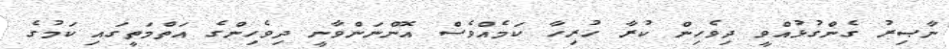
ނާޞިރު ގެންގުޅުއްވީ ދިވެހިން ކުރާ ހުރިހާ ކަމެއްވެސް އޮންނަންވާނީ ދިވެހިންގެ އަތްމަތީގައި ކަމުގެ